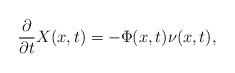
LaTeX: \begin{align*} \frac{\partial}{\partial t}X(x,t)=-\Phi(x,t)\nu(x,t),\end{align*}